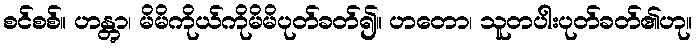
စင်စစ်။ ဟန္တွာ၊ မိမိကိုယ်ကိုမိမိပုတ်ခတ်၍။ ဟတော၊ သူတပါးပုတ်ခတ်၏ဟု။